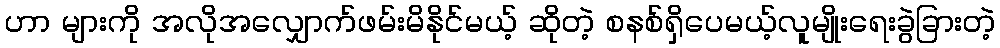
ဟာ များကို အလိုအလျှောက်ဖမ်းမိနိုင်မယ့် ဆိုတဲ့ စနစ်ရှိပေမယ့်လူမျိုးရေးခွဲခြားတဲ့